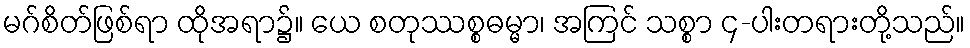
မဂ်စိတ်ဖြစ်ရာ ထိုအရာ၌။ ယေ စတုဿစ္စဓမ္မာ၊ အကြင် သစ္စာ ၄-ပါးတရားတို့သည်။